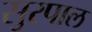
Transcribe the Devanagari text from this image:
सुरपाल